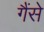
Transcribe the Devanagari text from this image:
गैंसे